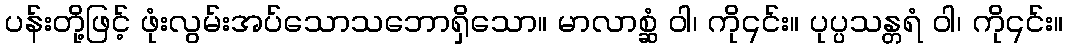
ပန်းတို့ဖြင့် ဖုံးလွမ်းအပ်သောသဘောရှိသော။ မာလာစ္ဆံ ဝါ၊ ကို၎င်း။ ပုပ္ပသန္တရံ ဝါ၊ ကို၎င်း။